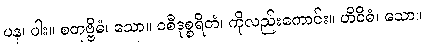
ပန၊ ပါး။ စတုဗ္ဗိဓံ၊ သော။ ဝစီဒုစ္စရိတံ၊ ကိုလည်းကောင်း။ တိဝိဓံ၊ သော။